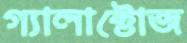
গ্যালাক্টোজ